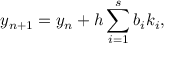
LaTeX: y _ { n + 1 } = y _ { n } + h \sum _ { i = 1 } ^ { s } b _ { i } k _ { i } ,